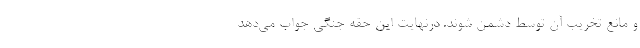
و مانع تخریب آن توسط دشمن شوند. درنهایت این حقه جنگی جواب می‌‌دهد